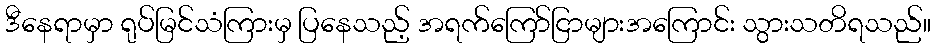
ဒီနေရာမှာ ရုပ်မြင်သံကြားမှ ပြနေသည့် အရက်ကြော်ငြာများအကြောင်း သွားသတိရသည်။